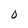
Character: O